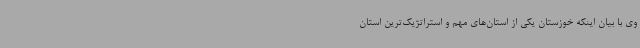
وی با بیان اینکه خوزستان یکی از استان‌های مهم و استراتژیک‌ترین استان